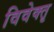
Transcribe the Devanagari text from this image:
विवेक्तृ